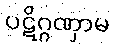
ပဋိဂ္ဂဏှာမ